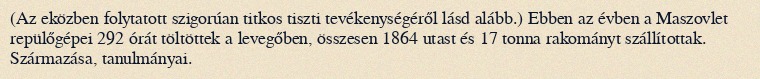
(Az eközben folytatott szigorúan titkos tiszti tevékenységéről lásd alább.) Ebben az évben a Maszovlet repülőgépei 292 órát töltöttek a levegőben, összesen 1864 utast és 17 tonna rakományt szállítottak. Származása, tanulmányai.